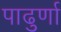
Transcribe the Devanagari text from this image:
पाढुर्णा